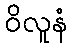
ဝိလူနံ